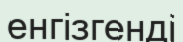
енгізгенді